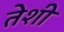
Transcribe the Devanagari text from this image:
तेशी